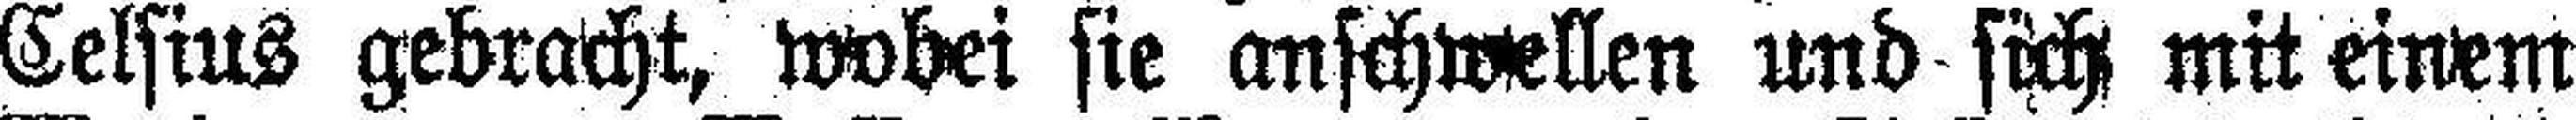
Celsius gebracht, wobei sie anschwellen und sich mit einem